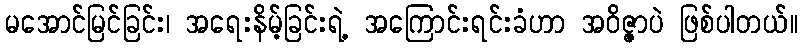
မအောင်မြင်ခြင်း၊ အရေးနိမ့်ခြင်းရဲ့ အကြောင်းရင်းခံဟာ အဝိဇ္ဇာပဲ ဖြစ်ပါတယ်။